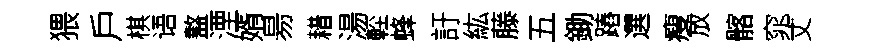
猥戶棋语盩湮婿昜耤湯䡖蜂訏紘藤五鋤蹖選瘦放髂窕丈